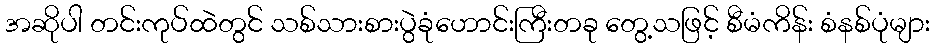
အဆိုပါ တင်းကုပ်ထဲတွင် သစ်သားစားပွဲခုံဟောင်းကြီးတခု တွေ့သဖြင့် စီမံကိန်း စံနစ်ပုံများ